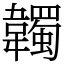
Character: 韣